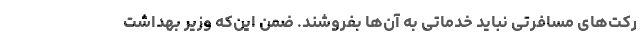
رکت‌های مسافرتی نباید خدماتی به آن‌ها بفروشند. ضمن این‌که وزیر بهداشت